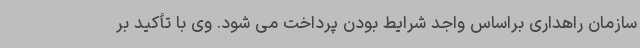
سازمان راهداری براساس واجد شرایط بودن پرداخت می شود. وی با تأکید بر